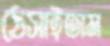
ঠেসাইতাম